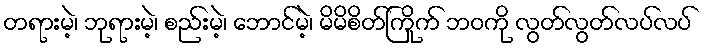
တရားမဲ့၊ ဘုရားမဲ့၊ စည်းမဲ့၊ ဘောင်မဲ့၊ မိမိစိတ်ကြိုက် ဘဝကို လွတ်လွတ်လပ်လပ်